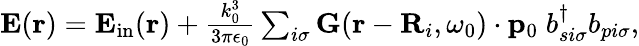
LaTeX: \begin{array}{r}{\mathbf{E}({\mathbf r})=\mathbf{E}_{\mathrm{in}}({\mathbf r})+\frac{k_{0}^{3}}{3\pi\epsilon_{0}}\sum_{i\sigma}\mathbf{G}({\mathbf r}-{\mathbf R}_{i},\omega_{0})\cdot\mathbf{p}_{0}\; b_{si\sigma}^{\dagger}b_{pi\sigma},}\end{array}